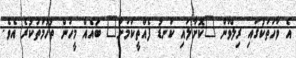
އެ ވާހަތަކުގައި ރިލްވާން "ކޮށާލައި ކަނޑު ފެއްތީކަމަށް" ބައެއް މީހުން ތުހުމަތުކުރެ އެވެ.